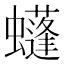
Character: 𧓶